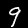
Label: 9